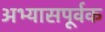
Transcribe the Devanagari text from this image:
अभ्यासपूर्वक